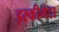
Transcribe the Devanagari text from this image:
इस्कीमेटा